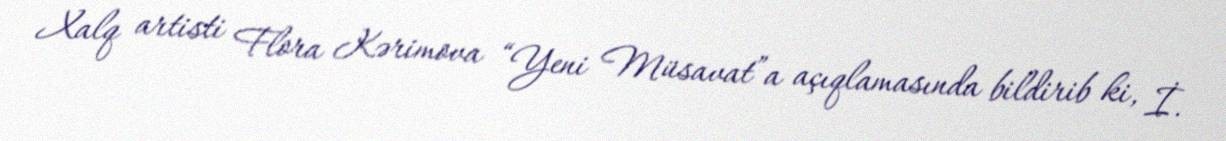
Xalq artisti Flora Kərimova “Yeni Müsavat”a açıqlamasında bildirib ki, İ.